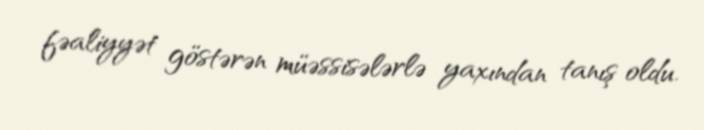
fəaliyyət göstərən müəssisələrlə yaxından tanış oldu.